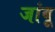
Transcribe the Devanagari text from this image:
जांबू